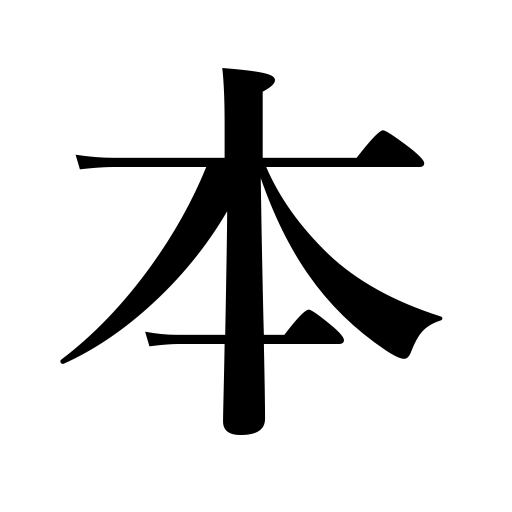
Meanings: base,the current,basis,this,real,capital,source,origin,regular,cause,book,true,normal,cost,principal,root of a tree,beginning,the same,raw material,formerly,foundation,counter for long things,the present,main,forebears